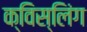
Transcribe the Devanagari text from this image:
क्विस्लिंग